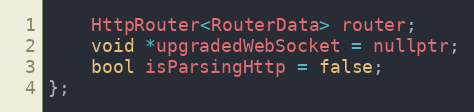
Language: C
    HttpRouter<RouterData> router;
    void *upgradedWebSocket = nullptr;
    bool isParsingHttp = false;
};